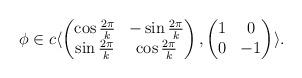
LaTeX: \begin{align*} \phi \in c\langle \begin{pmatrix} \cos \frac{2\pi}{k} & -\sin \frac{2\pi}{k} \\ \sin \frac{2\pi}{k} & \cos \frac{2\pi}{k} \end{pmatrix}, \begin{pmatrix} 1 & 0 \\ 0 & -1 \end{pmatrix} \rangle.\end{align*}